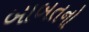
બાબતનો